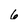
Character: 6